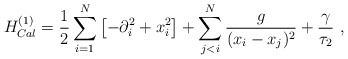
\begin{align*}H_{Cal}^{(1)} ={1 \over 2} \sum_{i=1}^N \left[ -\partial_i^2 + x_i^2 \right] + \sum_{j < i}^N \frac g {(x_i-x_j)^2} + \frac{\gamma}{\tau_2}\ ,\end{align*}